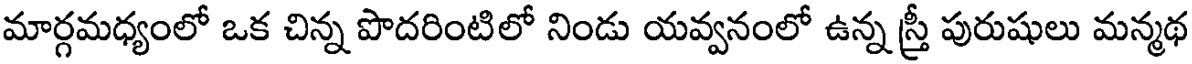
మార్గమధ్యంలో ఒక చిన్న పొదరింటిలో నిండు యవ్వనంలో ఉన్న స్రీ పురుషులు మన్మథ